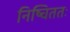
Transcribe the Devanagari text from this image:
निष्चिततः